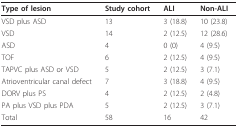
<table><thead><tr><td><b>Type of lesion</b></td><td><b>Study cohort</b></td><td><b>ALI</b></td><td><b>Non-ALI</b></td></tr></thead><tbody><tr><td>VSD plus ASD</td><td>13</td><td>3 (18.8)</td><td>10 (23.8)</td></tr><tr><td>VSD</td><td>14</td><td>2 (12.5)</td><td>12 (28.6)</td></tr><tr><td>ASD</td><td>4</td><td>0 (0)</td><td>4 (9.5)</td></tr><tr><td>TOF</td><td>6</td><td>2 (12.5)</td><td>4 (9.5)</td></tr><tr><td>TAPVC plus ASD or VSD</td><td>5</td><td>2 (12.5)</td><td>3 (7.1)</td></tr><tr><td>Atrioventricular canal defect</td><td>7</td><td>3 (18.8)</td><td>4 (9.5)</td></tr><tr><td>DORV plus PS</td><td>4</td><td>2 (12.5)</td><td>2 (4.8)</td></tr><tr><td>PA plus VSD plus PDA</td><td>5</td><td>2 (12.5)</td><td>3 (7.1)</td></tr><tr><td>Total</td><td>58</td><td>16</td><td>42</td></tr></tbody></table>